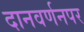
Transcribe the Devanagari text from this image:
दानवर्णनपर